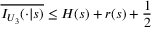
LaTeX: \overline { { { I _ { U _ { 3 } } ( \cdot | s ) } } } \leq H ( s ) + r ( s ) + \frac { 1 } { 2 }